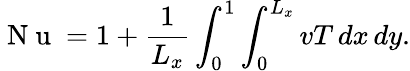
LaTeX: \mathrm{~N~u~}=1+\frac{1}{L_{x}}\int_{0}^{1}\int_{0}^{L_{x}}vT\, dx\, dy.